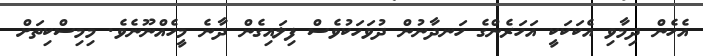
އެހެން ދިމާވި އެކަކަކީ އަހަރެންގެ ހަނދާނުން ދުވަހަކުވެސް ފިލައިގެން ދާނެ މީހެއްނޫނެވެ. މިމިސްކިތަށް